Medical and sanitary report on the native army of Bombay for the year
Year: 1878
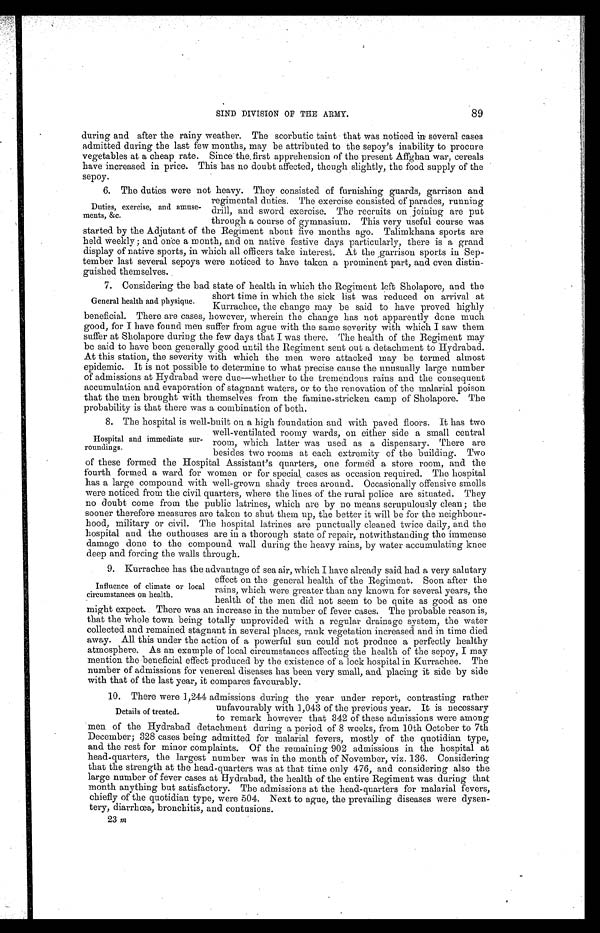
SIND DIVISION OF THE ARMY.
89
during and after the rainy weather. The scorbutic taint that was noticed in several cases
admitted during the last few months, may be attributed to the sepoy's inability to procure
vegetables at a cheap rate. Since the first apprehension of the present Affghan war, cereals
have increased in price. This has no doubt affected, though slightly, the food supply of the
sepoy.
6. The duties were not heavy. They consisted of furnishing guards, garrison and
regimental duties. The exercise consisted of parades, running
drill, and sword exercise. The recruits on joining are put
through a course of gymnasium. This very useful course was
started by the Adjutant of the Regiment about five months ago. Talimkhana sports are
held Weekly; and once a month, and on native festive days particularly, there is a grand
display of native sports, in which all officers take interest. At the garrison sports in Sep
-tember last several sepoys were noticed to have taken a prominent part, and even distin
-guished themselves.
7. Considering the bad state of health in which the Regiment left Sholapore, and the
short time in which the sick list was reduced on arrival at
Kurrachee, the change may be said to have proved highly
beneficial. There are cases, however, wherein the change has not apparently done much
good, for I have found men suffer from ague with the same severity with which I saw them
suffer at Sholapore during the few days that I was there. The health of the Regiment may
be said to have been generally good until the Regiment sent out a detachment to Hydrabad.
At this station, the severity with which the men were attacked may be termed almost
epidemic. It is not possible to determine to what precise cause the unusually large number
of admissions at Hydrabad were due—whether to the tremendous rains and the consequent
accumulation and evaporation of stagnant waters, or to the renovation of the malarial poison
that the men brought with themselves from the famine-stricken camp of Sholapore. The
probability is that there was a combination of both.
8. The hospital is well-built on a high foundation and with paved floors. It has two
well-ventilated roomy wards, on either side a small central
room, which latter was used as a dispensary. There are
besides two rooms at each extremity of the building. Two
of these formed the Hospital Assistant's quarters, one formed a store room, and the
fourth formed a ward for women or for special, cases as occasion required. The hospital
has a large compound with well-grown shady trees around. Occasionally offensive smells
were noticed from the civil quarters, where the lines of the rural police are situated. They
no doubt come from the public latrines, which are by no means scrupulously clean; the
sooner therefore measures are taken to shut them up, the better it will be for the neighbour
-hood, military or civil. The hospital latrines are punctually cleaned twice daily, and the
hospital and the outhouses are in a thorough state of repair, notwithstanding the immense
damage done to the compound wall during the heavy rains, by water accumulating knee
dean and forcing the walls
through.
9. Kurrachee has the advantage of sea air, which I have already said had a very salutary
effect on the general health of the Regiment. Soon after the
rains, which were greater than any known for several years, the
health of the men did not seem to be quite as good as one
might expect. There was an increase in the number of fever cases. The probable reason is,
that the whole town being totally unprovided with a regular drainage system, the water
collected and remained stagnant in several places, rank vegetation increased and in time died
away. All this under the action of a powerful sun could not produce a perfectly healthy
atmosphere. As an example of local circumstances affecting the health of the sepoy, I may
mention the beneficial effect produced by the existence of a lock hospital in Kurrachee. The
number of admissions for venereal diseases has been very small, and placing it side by side
with that of the last year, it compares favourably.
10. There were 1,244 admissions during the year under report, contrasting rather
unfavourably with 1,043 of the previous year. It is necessary
to remark however that 342 of these admissions were among
men of the Hydrabad detachment during a period of 8 weeks, from 10th October to 7th
December; 328 cases being admitted for malarial fevers, mostly of the quotidian type,
and the rest for minor complaints. Of the remaining 902 admissions in the hospital at
head-quarters, the largest number was in the month of November, viz. 136. Considering
that the strength at the head-quarters was at that time only 476, and considering also the
large number of fever cases at Hydrabad, the health of the entire Regiment was during that
month anything but satisfactory. The admissions at the head-quarters for malarial fevers,
chiefly of the quotidian type, were 504. Next to ague, the prevailing diseases were dysen
-tery, diarrhœa, bronchitis, and contusions.
23 m
Duties, exercise, and amuse
-ments, &c.
General health and physique.
Hospital and immediate sur
-roundings.
Influence of climate or local
circumstances on health.
Details of treated.